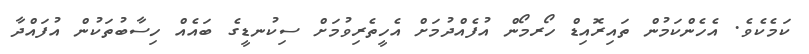
ކަމެކެވެ. އެހެންކަމުން ތައިރޮއިޑް ހޯރމޯން އުފެއްދުމަށް އެހީތެރިވުމަށް ސިކުނޑީގެ ބައެއް ހިސާބުތަކުން އުފައްދާ